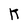
Character: K